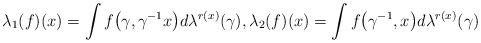
\begin{gather*}\lambda_1(f)(x)=\int f\big(\gamma,\gamma^{-1}x\big)d\lambda^{r(x)}(\gamma),\lambda_2(f)(x)=\int f\big(\gamma^{-1}, x\big)d\lambda^{r(x)}(\gamma)\end{gather*}